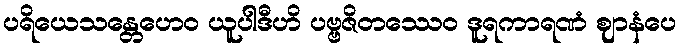
ပရိယေသန္တေဟေဝ ယူပါဒီဟိ ပဗ္ဗဇိတဿေဝ ဒူရကာရဏံ ဈာနံပေ